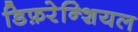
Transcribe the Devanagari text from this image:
डिफ़रेन्शियल